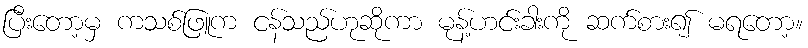
ပြီးတော့မှ ကသစ်ဖြူက ငန်သည်ဟုဆိုကာ မုန့်ဟင်းခါးကို ဆက်စား၍ မရတော့။